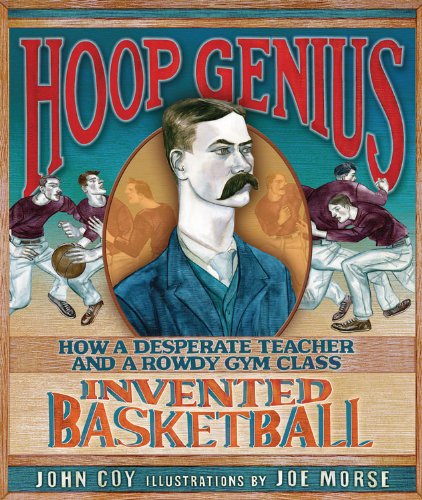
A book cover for Hoop Genius: How a Desperate Teacher and a Rowdy Gym Class Invented Basketball (Carolrhoda Picture Books); John Coy; Children's Books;